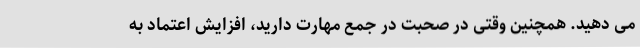
می دهید. همچنین وقتی در صحبت در جمع مهارت دارید، افزایش اعتماد به